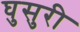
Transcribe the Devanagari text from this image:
घुसुरी